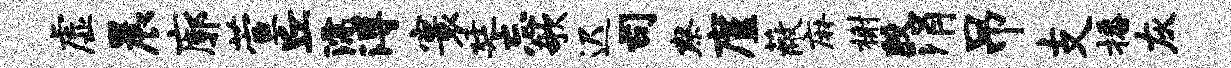
虚晨廓萱丘濡溥寰廷忘欹迟司察廑蔽麻榭殷涓吊支播灰